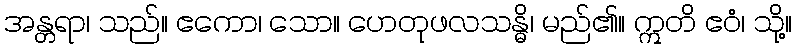
အန္တရာ၊ သည်။ ဧကော၊ သော။ ဟေတုဖလသန္ဓိ၊ မည်၏။ ဣတိ ဧဝံ၊ သို့။